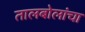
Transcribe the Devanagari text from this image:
तालबोलांचा